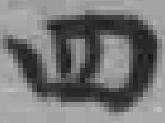
四